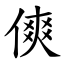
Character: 傸